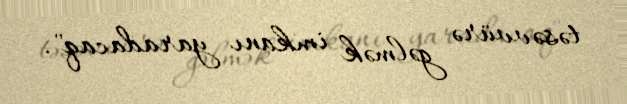
təsəvvürə gəlmək imkanı yaradacaq".